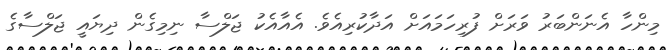
މިންހާ އެނަންބަރު ވަރަށް ފުރިހަމައަށް އަދާކުރިއެވެ. އެއާއެކު ޖަލްސާ ނިމިގެން ދިޔައީ ޖަލްސާގެ